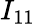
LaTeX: I_{11}